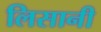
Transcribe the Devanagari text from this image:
लिसानी